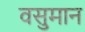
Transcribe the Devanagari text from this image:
वसुमान